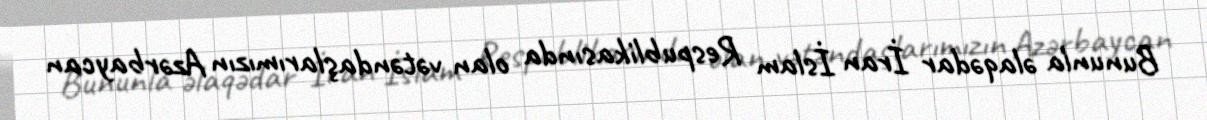
Bununla əlaqədar İran İslam Respublikasında olan vətəndaşlarımızın Azərbaycan